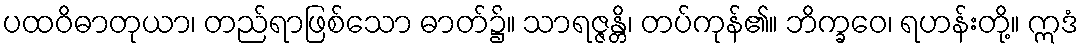
ပထဝိဓာတုယာ၊ တည်ရာဖြစ်သော ဓာတ်၌။ သာရဇ္ဇန္တိ၊ တပ်ကုန်၏။ ဘိက္ခဝေ၊ ရဟန်းတို့။ ဣဒံ